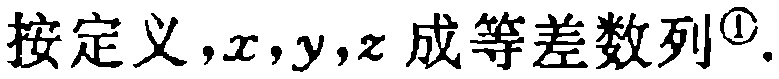
按定义，\(x,y,z\)成等差数列\(^{\textcircled{1}}\) .